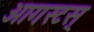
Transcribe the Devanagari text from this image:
आगस्टस्